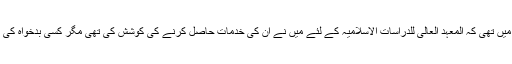
درس حدیث کی اتنی عمدہ صلاحیت ان میں تھی کہ المعہد العالی للدراسات الاسلامیہ کے لئے میں نے ان کی خدمات حاصل کرنے کی کوشش کی تھی مگر کسی بدخواہ کی رخنہ اندازی کی وجہ سے وہ نہ آسکے۔